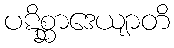
ပဋိစ္ဆာဒေယျာတိ